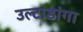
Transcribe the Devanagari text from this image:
उल्टाडांगा